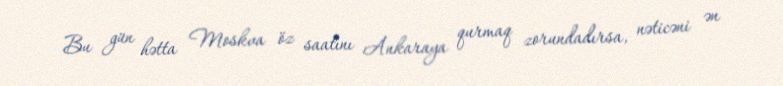
Bu gün hətta Moskva öz saatını Ankaraya qurmaq zorundadırsa, nəticəni ən